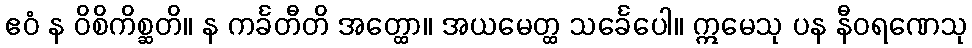
ဧဝံ န ဝိစိကိစ္ဆတိ။ န ကင်္ခတီတိ အတ္ထော။ အယမေတ္ထ သင်္ခေပေါ။ ဣမေသု ပန နီဝရဏေသု